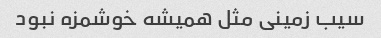
سیب زمینی مثل همیشه خوشمزه نبود